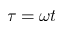
\tau = \omega t